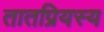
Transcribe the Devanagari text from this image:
तातप्रियस्य